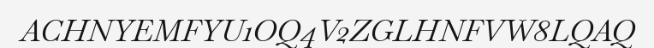
ACHNYEMFYU1OQ4V2ZGLHNFVW8LQAQ